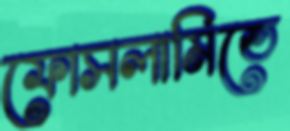
ফোসলামিতে